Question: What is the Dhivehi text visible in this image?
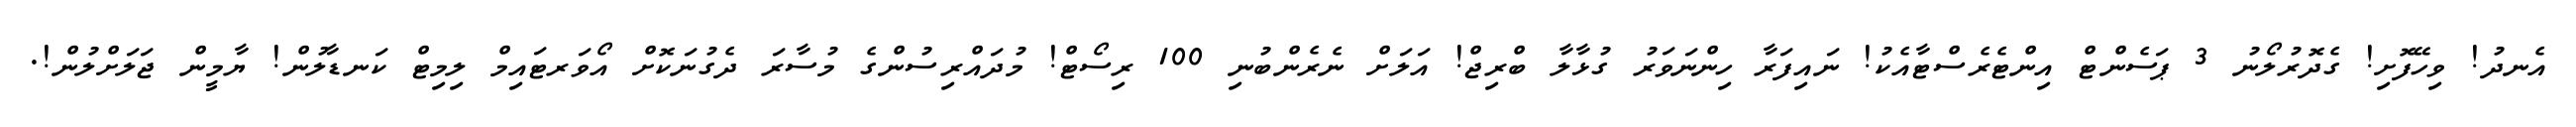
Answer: އެނދު! ވިހޭފޮށި! ގެދޮރުލޯނު 3 ޕަސެންޓް އިންޓެރެސްޓާއެކު! ނައިފަރާ ހިންނަވަރު ގުޅާލާ ބްރިޖް! އަލަށް ނެރެންބުނި 100 ރިސޯޓް! މުދައްރިސުންގެ މުސާރަ ދެގުނަކޮށް އޯވަރޓައިމް ލިމިޓް ކަނޑާލުން! ޔާމީން ޖަލަށްލުން!.